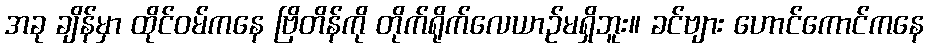
အခု ချိန်မှာ ထိုင်ဝမ်ကနေ ဗြိတိန်ကို တိုက်ရိုက်လေယာဉ်မရှိဘူး။ ခင်ဗျား ဟောင်ကောင်ကနေ